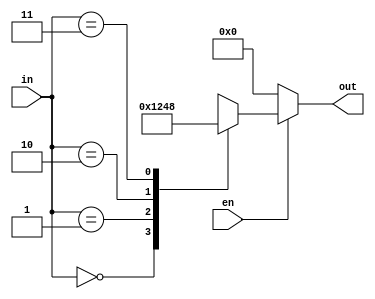
`timescale 1ns / 1ps
//////////////////////////////////////////////////////////////////////////////////
// Company: 
// Engineer: 
// 
// Design Name: 
// Module Name: decoder2x4
// Project Name: 
// Target Devices: 
// Tool Versions: 
// Description: 
// 
// Dependencies: 
// 
// Revision:
// Revision 0.01 - File Created
// Additional Comments:
// 
//////////////////////////////////////////////////////////////////////////////////


module decoder2x4(input[1:0]in,input en,output reg[3:0]out);
always @ ( in or en)
	begin
      if (en)
      begin
out=4'b0001;
case(in)
2'b00:out=4'b0001;
2'b01:out=4'b0010;
2'b10:out=4'b0100;
2'b11:out=4'b1000;
endcase
end
else 
out=2'd0;
end
endmodule